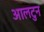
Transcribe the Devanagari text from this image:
आलटुन